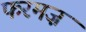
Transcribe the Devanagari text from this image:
फरमज़